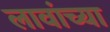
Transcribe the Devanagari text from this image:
लावांच्या